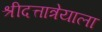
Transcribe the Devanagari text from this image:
श्रीदत्तात्रेयाला